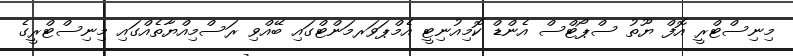
މިނިސްޓްރީ އޮފް ޔޫތު ސްޕޯޓްސް އެންޑް ކޮމިއުނިޓީ އެމްޕަވަރމަންޓްގައި ބޭއްވި ރަސްމިއްޔާތެއްގައި މިނިސްޓްރީގެ